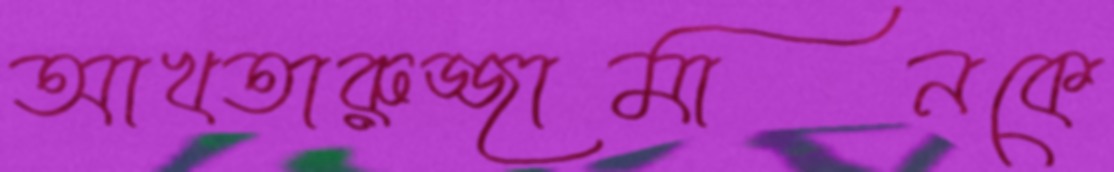
আখতারুজ্জামানকে